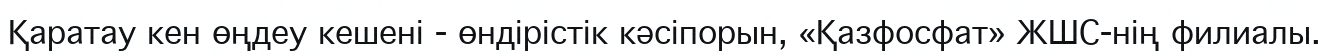
Қаратау кен өңдеу кешені - өндірістік кәсіпорын, «Қазфосфат» ЖШС-нің филиалы.